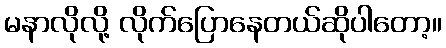
မနာလိုလို့ လိုက်ပြောနေတယ်ဆိုပါတော့။